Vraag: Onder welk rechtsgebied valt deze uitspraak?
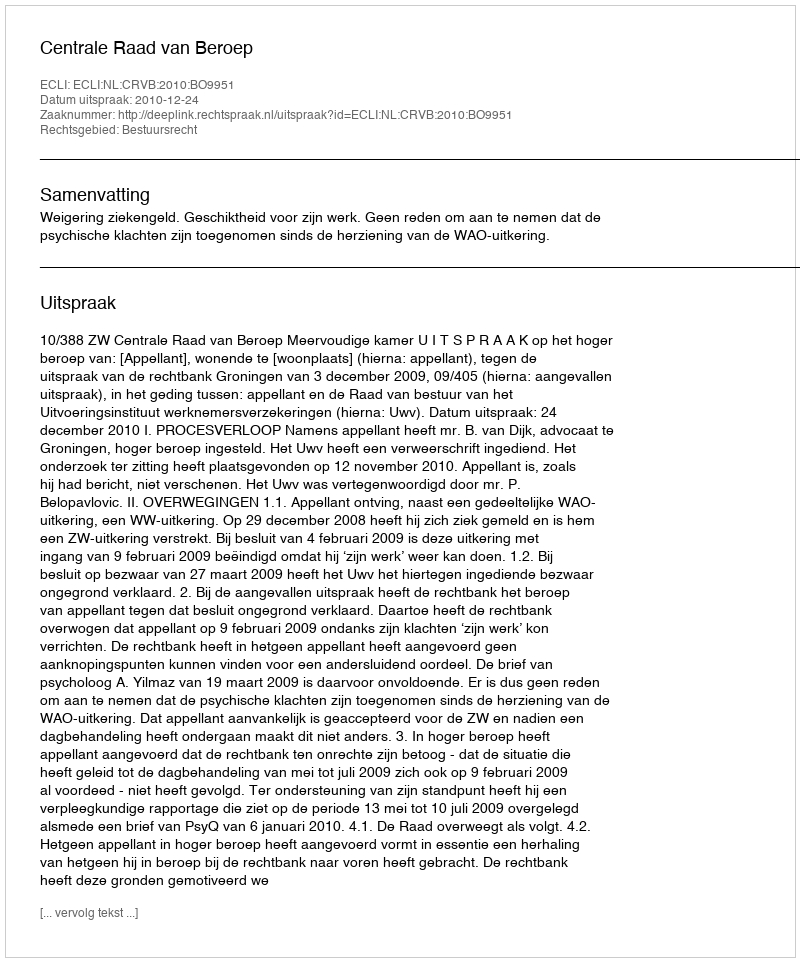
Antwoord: Bestuursrecht